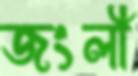
জংলী